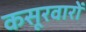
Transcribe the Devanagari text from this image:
कसूरवारों